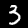
Label: 3